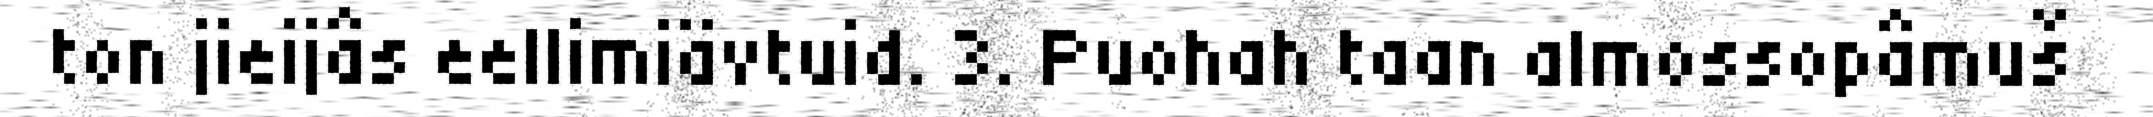
ton jieijâs eellimiävtuid. 3. Puohah taan almossopâmuš